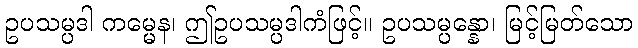
ဥပသမ္ပဒါ ကမ္မေန၊ ဤဥပသမ္ပဒါကံဖြင့်။ ဥပသမ္ပန္နော၊ မြင့်မြတ်သော